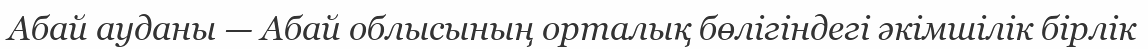
Абай ауданы — Абай облысының орталық бөлігіндегі әкімшілік бірлік